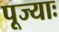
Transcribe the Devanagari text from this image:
पूज्याः